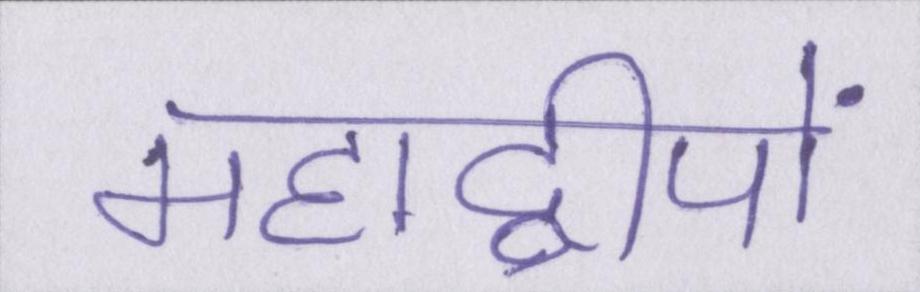
महाद्वीपों